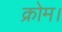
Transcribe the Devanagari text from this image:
क्रोम।